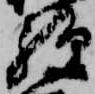
経